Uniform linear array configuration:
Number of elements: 24
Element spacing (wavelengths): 1
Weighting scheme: cosine
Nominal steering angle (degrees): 15
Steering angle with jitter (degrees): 13.38
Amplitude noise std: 0.05
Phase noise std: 0.05

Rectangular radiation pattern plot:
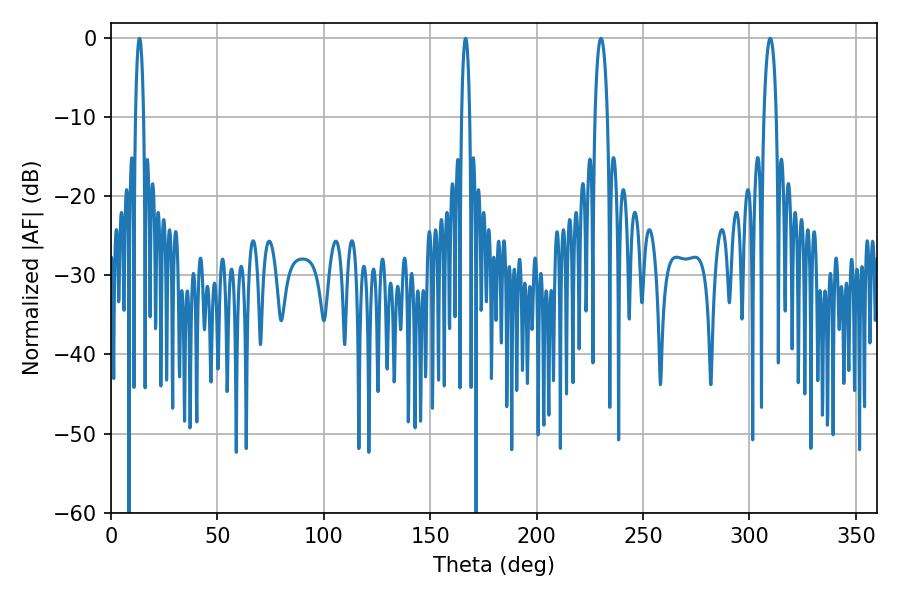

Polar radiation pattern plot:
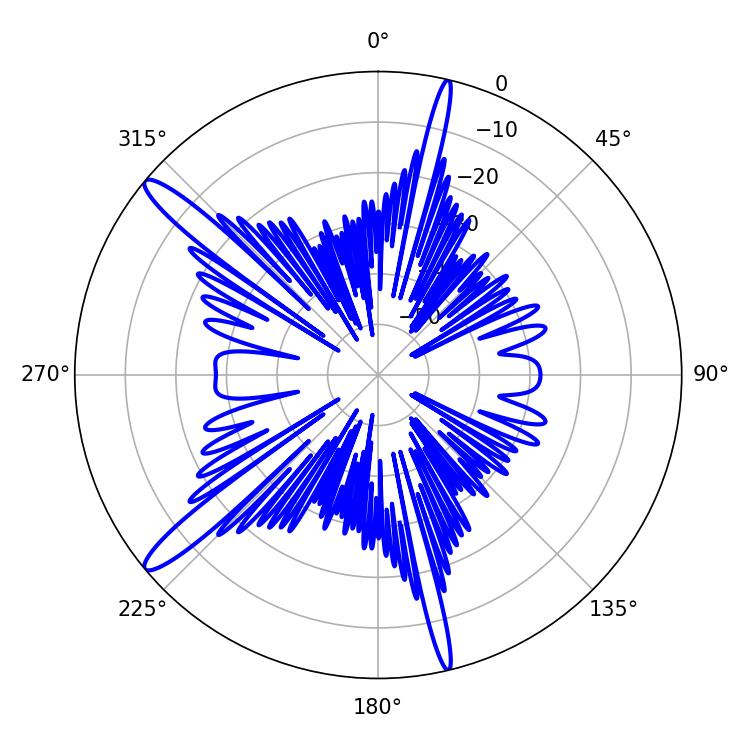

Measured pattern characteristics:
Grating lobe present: TRUE
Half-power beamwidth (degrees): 3.24
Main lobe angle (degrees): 230.22